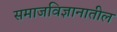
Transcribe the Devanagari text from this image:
समाजविज्ञानातील